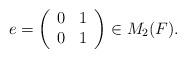
LaTeX: \begin{align*}e=\left(\begin{array}{cc}0 & 1 \\0 & 1\end{array}\right)\in M_2(F).\end{align*}